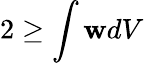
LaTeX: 2\geq\int\mathbf{w}dV